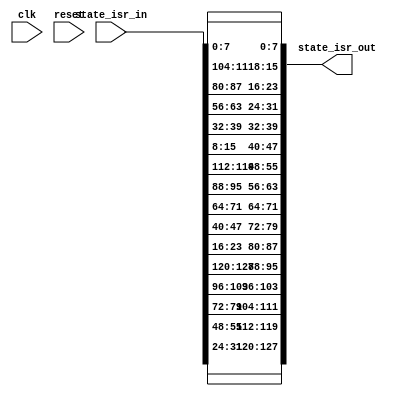
`timescale 1ns / 1ps


module inv_shift_rows(
    input wire clk,
    input wire reset,    
    input wire [127:0] state_isr_in,
    output wire [127:0] state_isr_out
	);
	
	//Internal logic
	reg [127:0] temp; 
	reg [127:0] state_isr_out_reg; 
	reg [127:0] state_isr_out_next;
	
	
	
//	always @(posedge clk)
//    begin
//        state_isr_out_reg <= state_isr_out_next;
//    end
	
	always @*
    begin
    	//Combinational logic
    	state_isr_out_next = state_isr_in;
	
	  //Shift Rows
	    temp[7:0] = state_isr_out_next[7:0];
	    temp[15:8] = state_isr_out_next[111:104];
	    temp[23:16] = state_isr_out_next[87:80];
	    temp[31:24] = state_isr_out_next[63:56];
	
	    temp[39:32] = state_isr_out_next[39:32];
	    temp[47:40] = state_isr_out_next[15:8];
	    temp[55:48] = state_isr_out_next[119:112];
	    temp[63:56] = state_isr_out_next[95:88];
	
	    temp[71:64] = state_isr_out_next[71:64];
	    temp[79:72] = state_isr_out_next[47:40];
	    temp[87:80] = state_isr_out_next[23:16];
	    temp[95:88] = state_isr_out_next[127:120];
	
	    temp[103:96] = state_isr_out_next[103:96];
	    temp[111:104] = state_isr_out_next[79:72];
	    temp[119:112] = state_isr_out_next[55:48];
	    temp[127:120] = state_isr_out_next[31:24];
	    
	    state_isr_out_next[127:0] = temp[127:0];
    end
    
    assign state_isr_out = state_isr_out_next;
    
endmodule